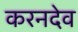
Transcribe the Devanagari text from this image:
करनदेव